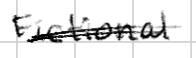
Text: Fictional
Cross-out: double-line
Writing tool: digital_black